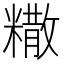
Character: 糤